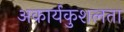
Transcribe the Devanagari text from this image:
अकार्यकुशलता